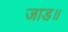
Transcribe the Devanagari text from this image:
जाड॥